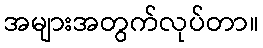
အများအတွက်လုပ်တာ။